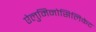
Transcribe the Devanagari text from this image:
ऐलुमिनोसिलिकेट